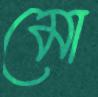
মো